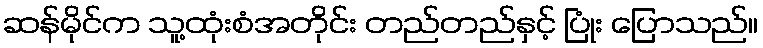
ဆန်မိုင်က သူ့ထုံးစံအတိုင်း တည်တည်နှင့် ပြုံး ပြောသည်။